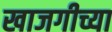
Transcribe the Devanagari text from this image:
खाजगीच्या